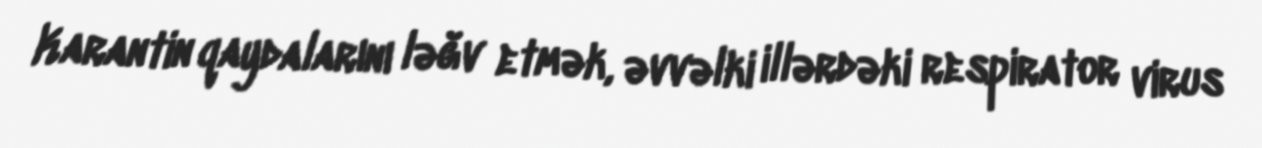
Karantin qaydalarını ləğv etmək, əvvəlki illərdəki respirator virus